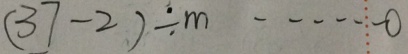
( 3 7 - 2 ) \div m \cdots 0